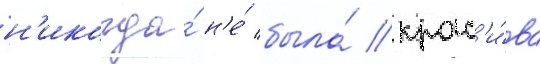
н'икогда́ н'е́ была́ крас'и́ва